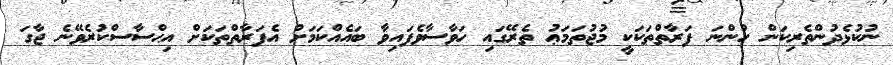
ނުކުޅެދުންތެރިކަން ހުންނަ ފަރާތްތަކަކީ މުޖުތަމަޢު ތެރޭގައި ހަވާސާވެފައިވާ ބައެއްކަމަށް އެފަރާތްތަކަށް އިޙްސާސްކުރެވޭނެ ޖާގަ